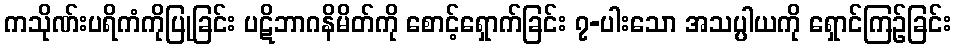
ကသိုဏ်းပရိကံကိုပြုခြင်း ပဋိဘာဂနိမိတ်ကို စောင့်ရှောက်ခြင်း ၇-ပါးသော အသပ္ပါယကို ရှောင်ကြဉ်ခြင်း